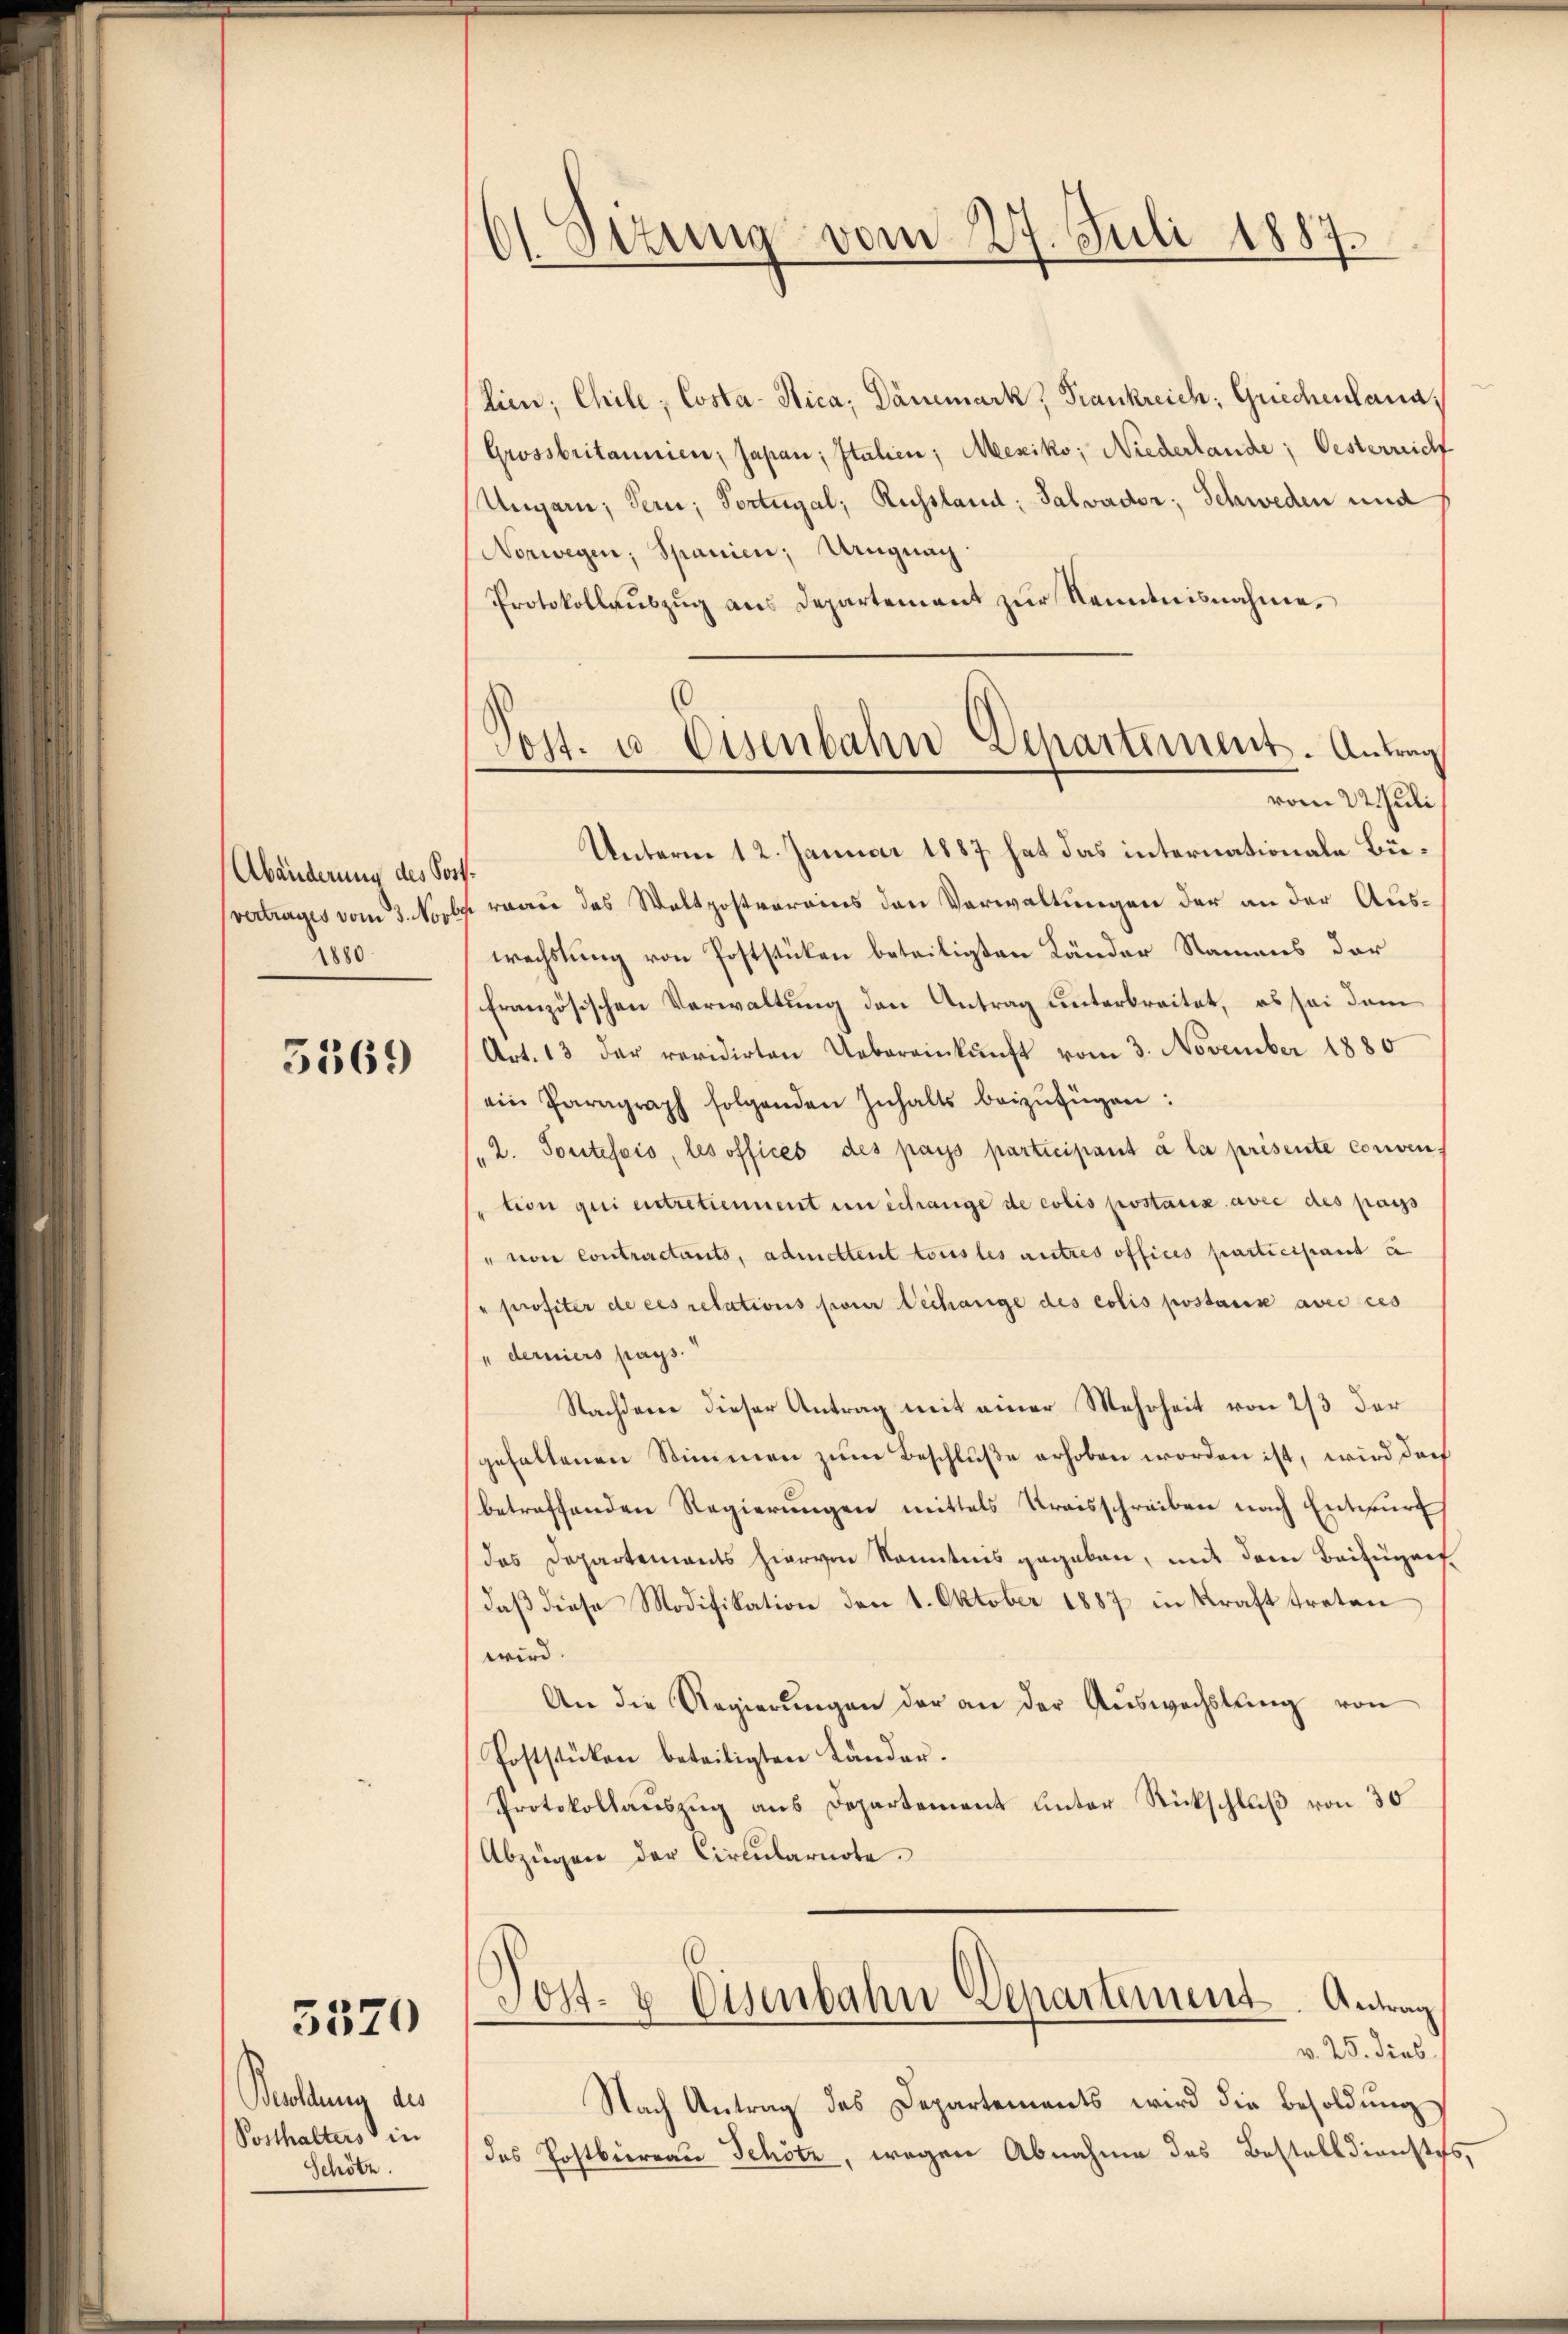
Abänderung des Post
1880.

5569

5320

Bevollen des
Posthalters in
Schötz.

61 Sizung vom 27. Juli 1887.

lien; Chile, Costa-Sica, Dänemark, Frankreich, Griechenlana,
Grossbritannien, Japan, Italien; Mexiko; Niederlande; Oesterricht
Ungarn, Tern; Portugal, Russland: Salvador; Schweden und
Norwegen; Spanien; Ungnag
Protokollaŭszŭg ans Departement zŭr Kenntnisnahme,
vom 22. Juli
Unterm 12. Januar 1887 hat das internationale Büvertrages vom 3. Novbr. von das Waltpostvereins den Verwaltungen der an der Auswechslung von Poststücken beteiligten Länder Namens der
französischen Verwaltung den Antrag unterbreitet, es sei dem
Art. 13 der revidirten Uebereinkunft vom 3. November 1880
ein Paragraph folgenden Inhalts beizufügen:
„2. Toutefois, les offices des pays participant à la présente conven
tion qui entretiennent in Schrange de colis postaux avec des pass
" von contractants, admettent tous les autres offices participant u.
" profiter de ces relations pour Dechange des colis postause avec ces
" derniers pays.
Nachdem dieser Antrag mit einer Mehrheit von 2/3 der
gehaltenen Stimmen zum Beschluße erhoben worden ist, wird doch
betreffenden Regierungen mittels Kreisschreiben nach Entwurf
das Departements hiervon Kenntnis gegeben, mit dem Beizugef
daß diese Modifikation den 1. Oktober 1887 in Kraft treten
wird.
An die Regierungen der an der Auswechslung von
Poststücken beteiligten Länder.
Protokollauszug aus Departement unter Rückschluß von 30
Abzügen der Circularnote.
Post- & Eisenbahn Departement. Antrag
v. 25. dies
Nach Antrag des Departements wird die Besoldung
des Postbierrau Schötz, wegen Abnahme des Bestelldienstes,

Post- u. Eisenbahn Departement. Antrag